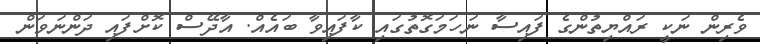
ވެރިން ނަކީ ރައްޔިތުންގެ ފައިސާ ނަހަމަގޮތުގައި ކާފައިވާ ބައެއް. އާދޭސް ކޮށްފައި ދަންނަވަން